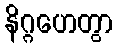
နိဂ္ဂဟေတွာ